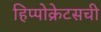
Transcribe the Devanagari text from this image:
हिप्पोक्रेटसची